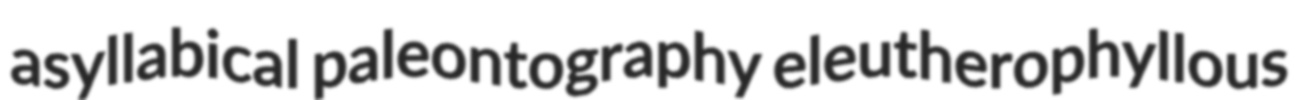
asyllabical paleontography eleutherophyllous